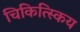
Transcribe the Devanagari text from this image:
चिकित्स्किय